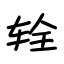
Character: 辁